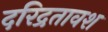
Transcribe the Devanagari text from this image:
दरिद्रतावश